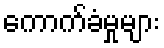
ကောက်ခံမှုများ